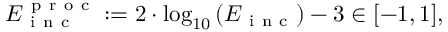
\begin{array} { r } { E _ { \mathrm { ~ i ~ n ~ c ~ } } ^ { \mathrm { ~ p ~ r ~ o ~ c ~ } } : = 2 \cdot \log _ { 1 0 } \left( E _ { \mathrm { ~ i ~ n ~ c ~ } } \right) - 3 \in [ - 1 , 1 ] , } \end{array}